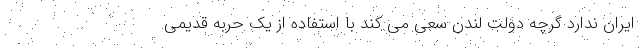
ایران ندارد گرچه دولت لندن سعی می کند با استفاده از یک حربه قدیمی